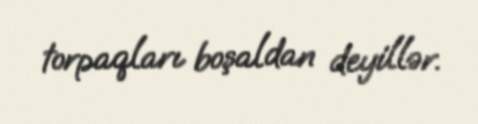
torpaqları boşaldan deyillər.